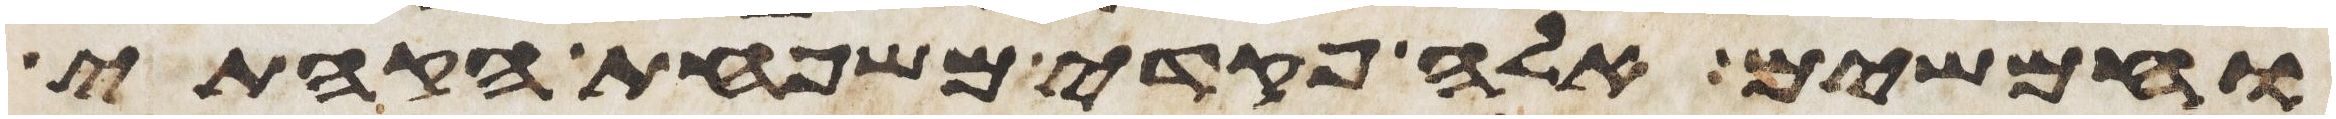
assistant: וחמשים אלה פקדי משפחת הקהתי